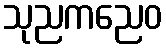
သုညကညေဝ